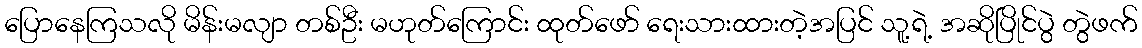
ပြောနေကြသလို မိန်းမလျာ တစ်ဦး မဟုတ်ကြောင်း ထုတ်ဖော် ရေးသားထားတဲ့အပြင် သူ့ရဲ့ အဆိုပြိုင်ပွဲ တွဲဖက်